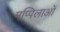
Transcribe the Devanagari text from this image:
मप्पिलाओं